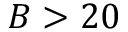
B > 2 0